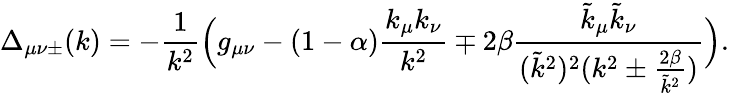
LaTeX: \Delta_{\mu\nu\pm}(k)=-\frac 1{k^{2}}\Big(g_{\mu\nu}-(1-\alpha)\frac{k_{\mu}k_{\nu}}{k^{2}}\mp 2\beta\frac{\tilde{k}_{\mu}\tilde{k}_{\nu}}{(\tilde{k}^{2})^{2}(k^{2}\pm\frac{2\beta}{\tilde{k}^{2}})}\Big).